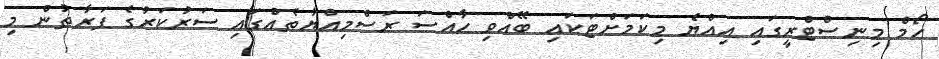
ހޯމް މިނިސްޓްރީގައި އިއްޔެ މިކަމަށްޓަކައި ބޭއްވި ހާއްސަ ރަސްމިއްޔާތެއްގައި ސަރުކަރުގެ ފަރާތުން މި